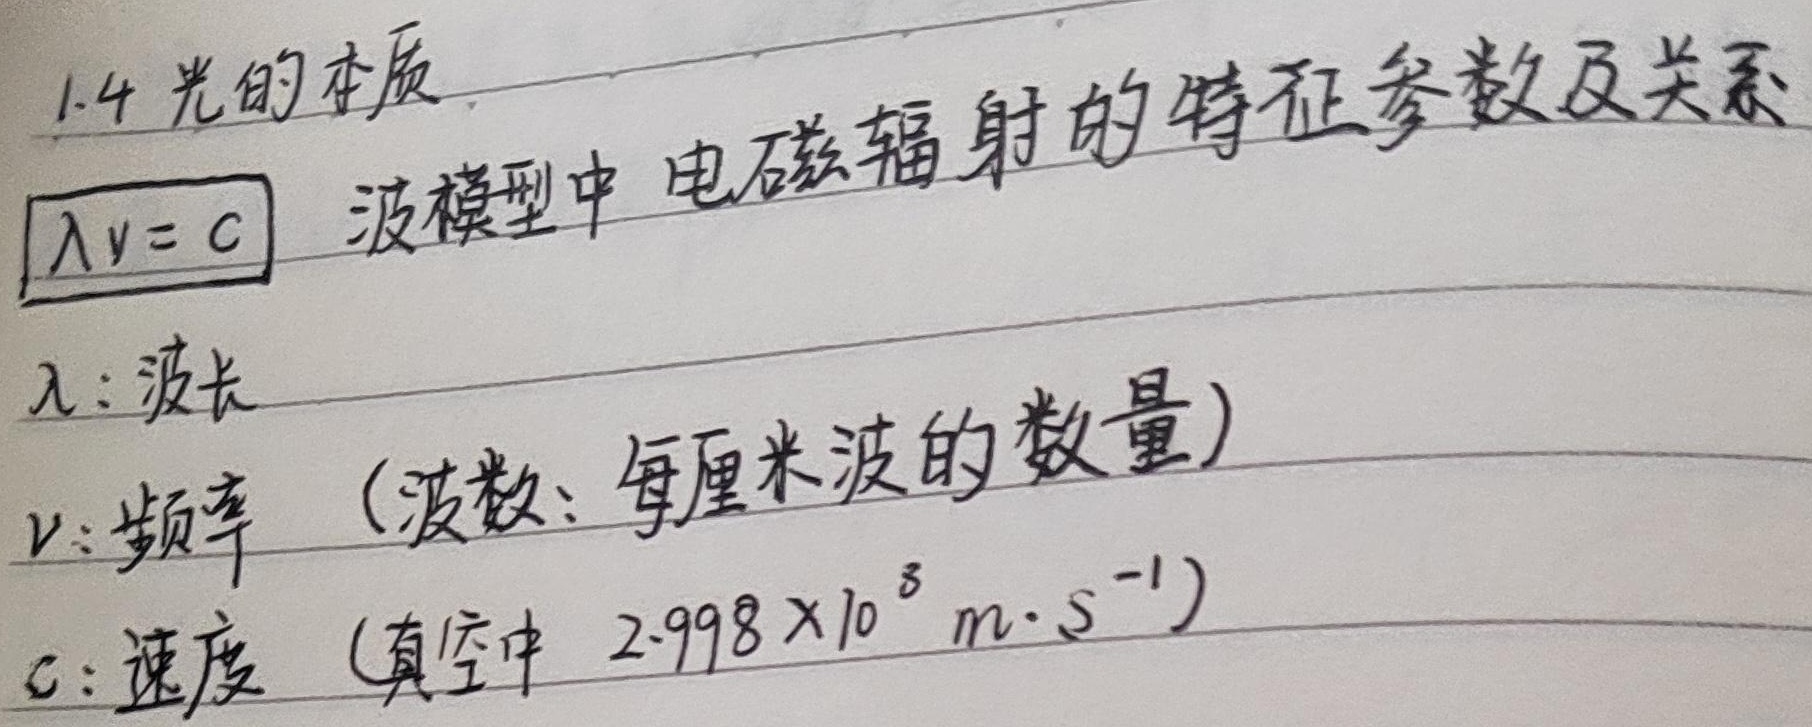
1.4 光的本质波模型中，电磁辐射的特征参数及关系：\(\lambda\nu = c\)。
其中\(\lambda\)：波长；\(\nu\)：频率 （波数：每厘米波的数量）；\(c\)：速度 （真空中 \(2.998\times 10^{8}\text{ m}\cdot\text{s}^{-1}\)）